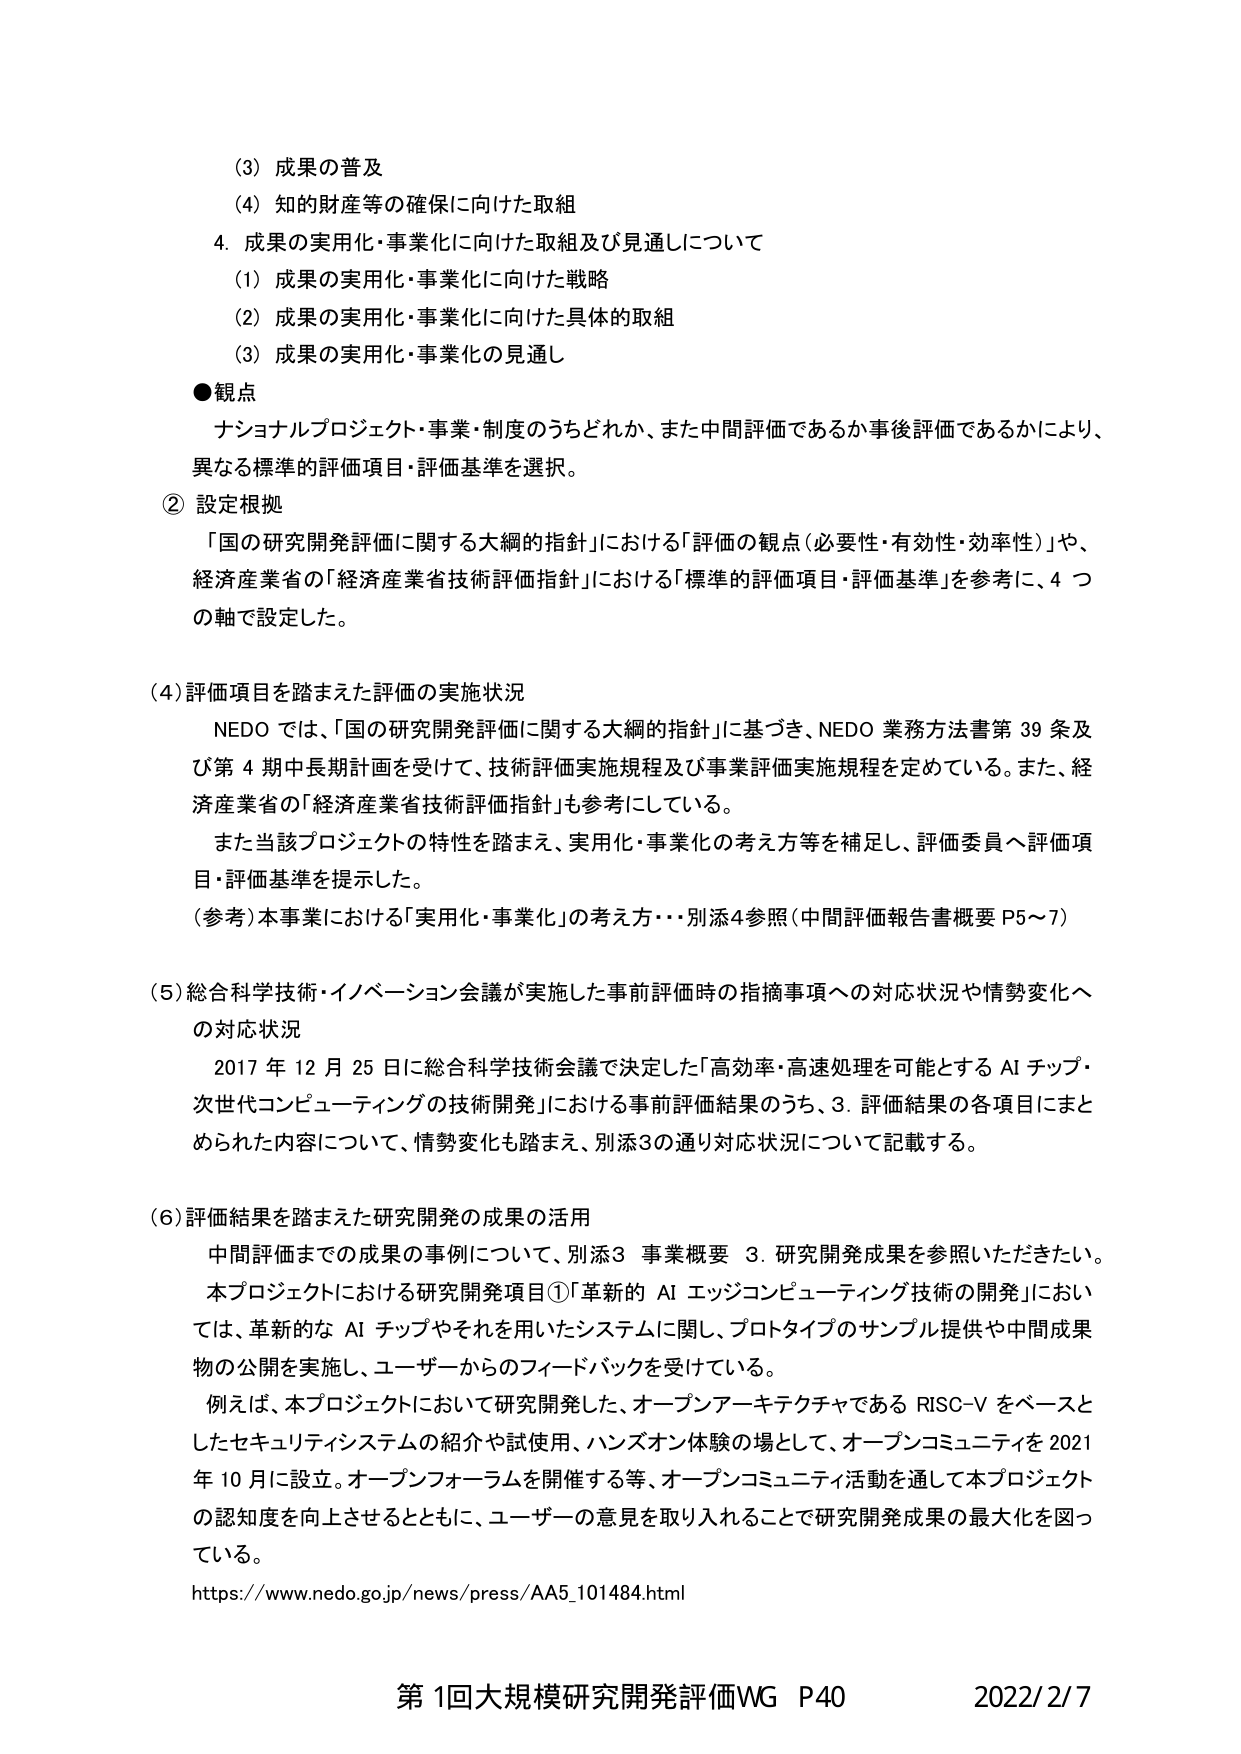
(3) 成果の普及
(4) 知的財産等の確保に向けた取組
4. 成果の実用化・事業化に向けた取組及び見通しについて
(1) 成果の実用化・事業化に向けた戦略
(2) 成果の実用化・事業化に向けた具体的取組
(3) 成果の実用化・事業化の見通し

●観点
ナショナルプロジェクト・事業・制度のうちどれか、また中間評価であるか事後評価であるかにより、
異なる標準的評価項目・評価基準を選択。

② 設定根拠
「国の研究開発評価に関する大綱的指針」における「評価の観点（必要性・有効性・効率性）」や、
経済産業省の「経済産業省技術評価指針」における「標準的評価項目・評価基準」を参考に、4つの軸で設定した。

(4) 評価項目を踏まえた評価の実施状況
NEDO では、「国の研究開発評価に関する大綱的指針」に基づき、NEDO 業務方法書第39条及び第4期中長期計画を受け、技術評価実施規程及び事業評価実施規程を定めている。また、経済産業省の「経済産業省技術評価指針」も参考にしている。
また当該プロジェクトの特性を踏まえ、実用化・事業化の考え方等を補足し、評価委員へ評価項目・評価基準を提示した。
(参考) 本事業における「実用化・事業化」の考え方…別添4参照（中間評価報告書概要 P5～7）

(5) 総合科学技術・イノベーション会議が実施した事前評価時の指摘事項への対応状況や情勢変化への対応状況
2017年12月25日に総合科学技術会議で決定した「高効率・高速処理を可能とするAIチップ・次世代コンピューティングの技術開発」における事前評価結果のうち、3. 評価結果の各項目にまとめられた内容について、情勢変化も踏まえ、別添3の通り対応状況について記載する。

(6) 評価結果を踏まえた研究開発の成果の活用
中間評価までの成果の事例について、別添3 事業概要 3. 研究開発成果を参照いただきたい。
本プロジェクトにおける研究開発項目①「革新的AIエッジコンピューティング技術の開発」においては、革新的なAIチップやそれを用いたシステムに関し、プロトタイプのサンプル提供や中間成果物の公開を実施し、ユーザーからのフィードバックを受けている。
例えば、本プロジェクトにおいて研究開発した、オープンアーキテクチャであるRISC-Vをベースとしたセキュリティシステムの紹介や試使用、ハンズオン体験の場として、オープンコミュニティを2021年10月に設立。オープンフォーラムを開催する等、オープンコミュニティ活動を通じて本プロジェクトの認知度を向上させるとともに、ユーザーの意見を取り入れることで研究開発成果の最大化を図っている。
https://www.nedo.go.jp/news/press/AA5_101484.html

第1回大規模研究開発評価WG P40 2022/2/7